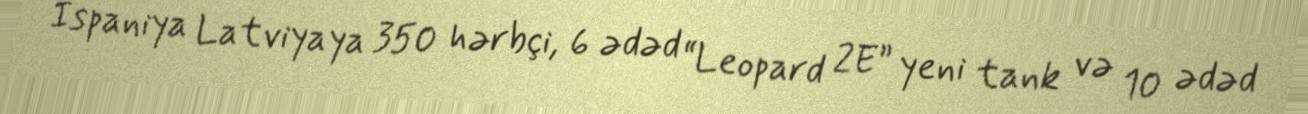
İspaniya Latviyaya 350 hərbçi, 6 ədəd “Leopard 2E” yeni tank və 10 ədəd